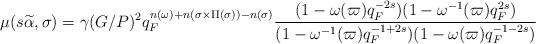
LaTeX: \begin{align*}\mu(s\widetilde{\alpha},\sigma)=\gamma(G/P)^2q_F^{n(\omega) +n(\sigma \times \Pi(\sigma))-n(\sigma)}\dfrac{(1-\omega(\varpi)q_F^{-2s})(1-\omega^{-1}(\varpi)q_F^{2s})}{(1-\omega^{-1}(\varpi)q_F^{-1+2s})(1-\omega(\varpi)q_F^{-1-2s})}\end{align*}